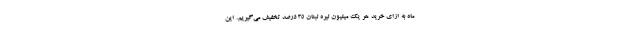
ماه به ازای خرید هر یک میلیون لیره لبنان 35 درصد تخفیف می‌گیریم. این